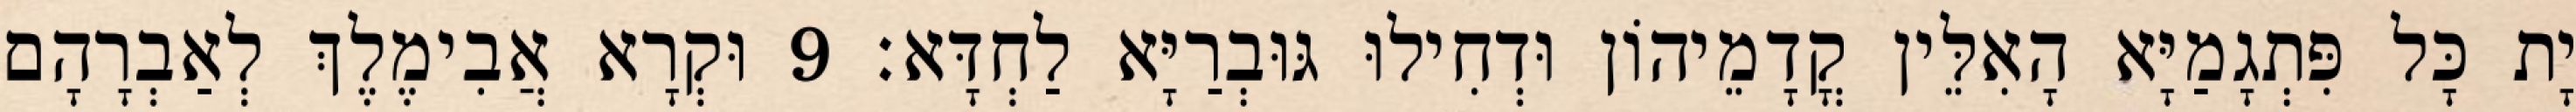
יָת כָּל פִּתְגָמַיָּא הָאִלֵּין קֳדָמֵיהוֹן וּדְחִילוּ גּוּבְרַיָּא לַחְדָּא׃ 9 וּקְרָא אֲבִימֶלֶךְ לְאַבְרָהָם